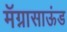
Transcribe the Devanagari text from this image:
मॅग्नासाऊंड